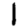
Digit: 1